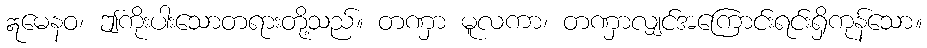
ဣမေနဝ၊ ဤကိုးပါးသောတရားတို့သည်။ တဏှာ မူလကာ၊ တဏှာလျှင်အကြောင်းရင်းရှိကုန်သော။